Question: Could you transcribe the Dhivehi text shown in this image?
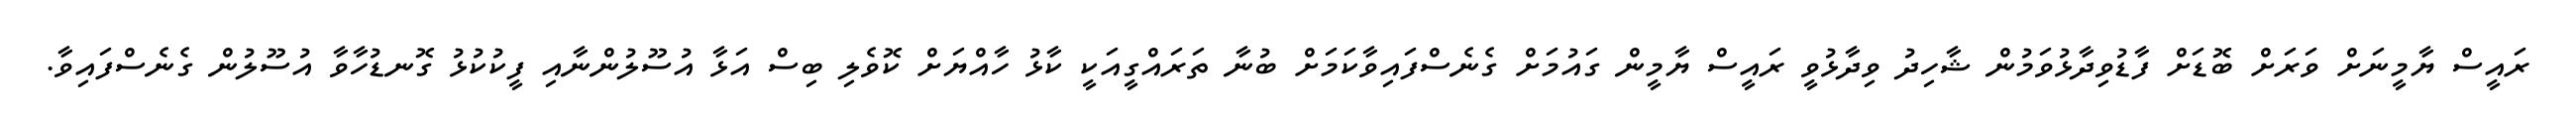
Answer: ރައީސް ޔާމީނަށް ވަރަށް ބޮޑަށް ފާޑުވިދާޅުވަމުން ޝާހިދު ވިދާޅުވީ ރައީސް ޔާމީން ގައުމަށް ގެނެސްފައިވާކަމަށް ބުނާ ތަރައްގީއަކީ ކާޅު ހާއްޔަށް ކޮވެލި ބިސް އަޅާ އުސޫލުންނާއި ފީކުކުޅު ގޮނޑުހާވާ އުސޫލުން ގެނެސްފައިވާ.